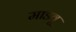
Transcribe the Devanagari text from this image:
माडवू